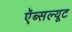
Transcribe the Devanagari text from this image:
ऍब्सल्यूट